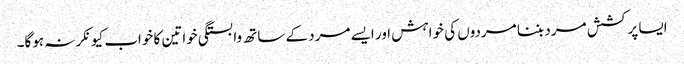
ایسا پرکشش مرد بننا مردوں کی خواہش اور ایسے مرد کے ساتھ وابستگی خواتین کا خواب کیونکر نہ ہوگا۔